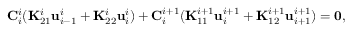
\footnotesize \mathbf { C } _ { i } ^ { i } ( \mathbf { K } _ { 2 1 } ^ { i } \mathbf { u } _ { i - 1 } ^ { i } + \mathbf { K } _ { 2 2 } ^ { i } \mathbf { u } _ { i } ^ { i } ) + \mathbf { C } _ { i } ^ { i + 1 } ( \mathbf { K } _ { 1 1 } ^ { i + 1 } \mathbf { u } _ { i } ^ { i + 1 } + \mathbf { K } _ { 1 2 } ^ { i + 1 } \mathbf { u } _ { i + 1 } ^ { i + 1 } ) = \mathbf { 0 } ,